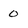
Character: 0